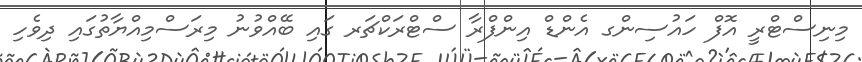
މިނިސްޓްރީ އޮފް ހައުސިންގ އެންޑް އިންފްރާ ސްޓްރަކްޗަރ ގައި ބޭއްވުނު މިރަސްމިއްޔާތުގައި ދިވެހި